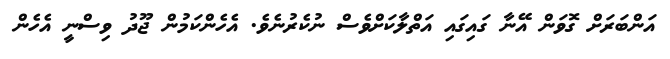
އަންބަރަށް ގޮވަން އޭނާ ގައިގައި އަތްލާކަށްވެސް ނުކެރުނެވެ. އެހެންކަމުން ޖޫދު ވިސްނީ އެހެން